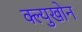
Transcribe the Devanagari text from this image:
क्ल्युखोन